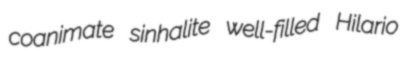
coanimate sinhalite well-filled Hilario